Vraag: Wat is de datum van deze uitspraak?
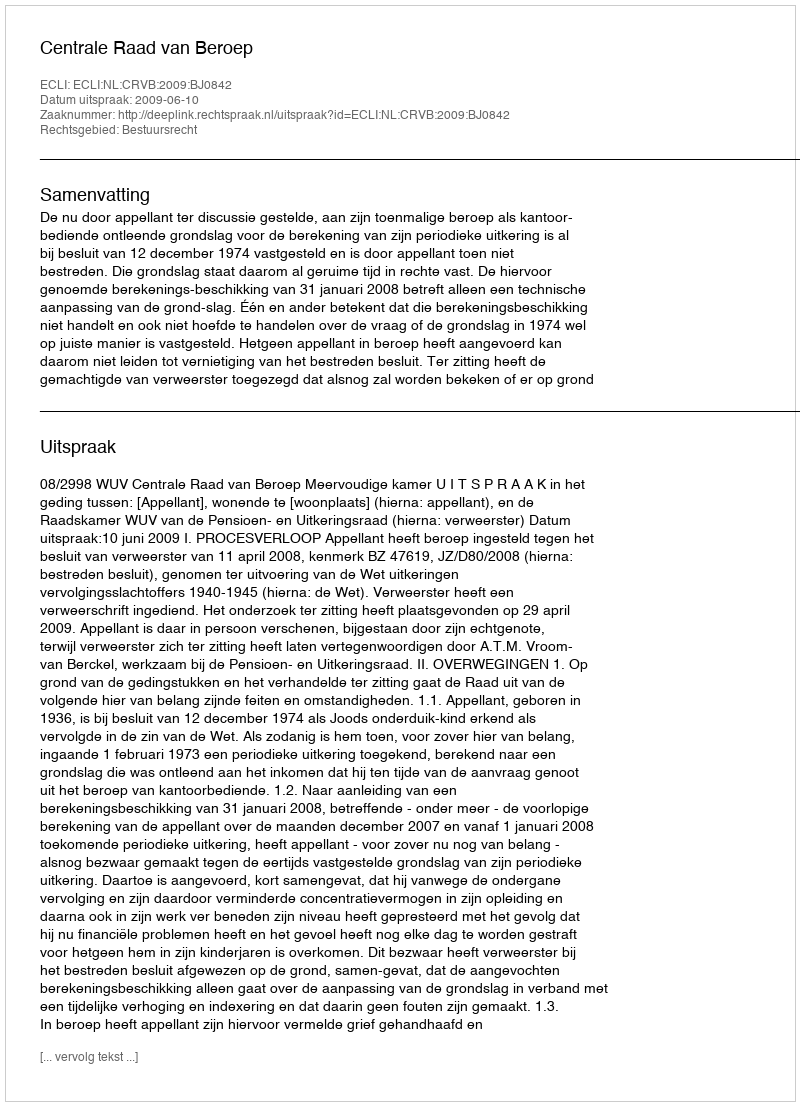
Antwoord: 2009-06-10